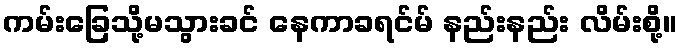
ကမ်းခြေသို့မသွားခင် နေကာခရင်မ် နည်းနည်း လိမ်းစို့။